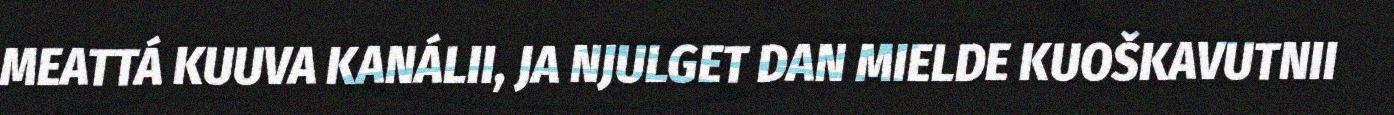
MEATTÁ KUUVA KANÁLII, JA NJULGET DAN MIELDE KUOŠKAVUTNII